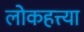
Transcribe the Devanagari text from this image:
लोकहत्त्या